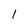
Character: l